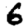
Digit: 6